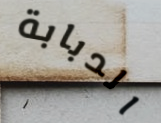
الدبابة